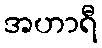
အဟာရီ